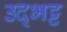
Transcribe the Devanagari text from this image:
उद्भट्ट